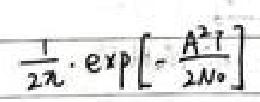
\[\frac{1}{2\pi}\cdot\exp\left[-\frac{A^{2}}{2N_{0}}\right]\]